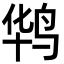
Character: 𪉊